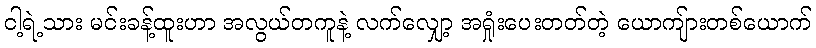
ငါ့ရဲ့သား မင်းခန့်ထူးဟာ အလွယ်တကူနဲ့ လက်လျှော့ အရှုံးပေးတတ်တဲ့ ယောကျ်ားတစ်ယောက်